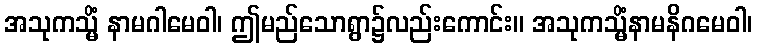
အသုကသ္မိံ နာမဂါမေဝါ၊ ဤမည်သောရွာ၌လည်းကောင်း။ အသုကသ္မိံနာမနိဂမေဝါ၊